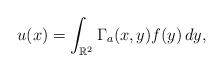
LaTeX: \begin{align*}u(x)=\int_{\mathbb R^2}\Gamma_a(x,y)f(y)\,dy,\end{align*}